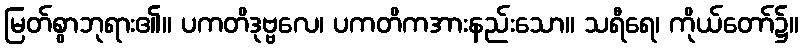
မြတ်စွာဘုရား၏။ ပကတိဒုဗ္ဗလေ၊ ပကတိကအားနည်းသော။ သရီရေ၊ ကိုယ်တော်၌။